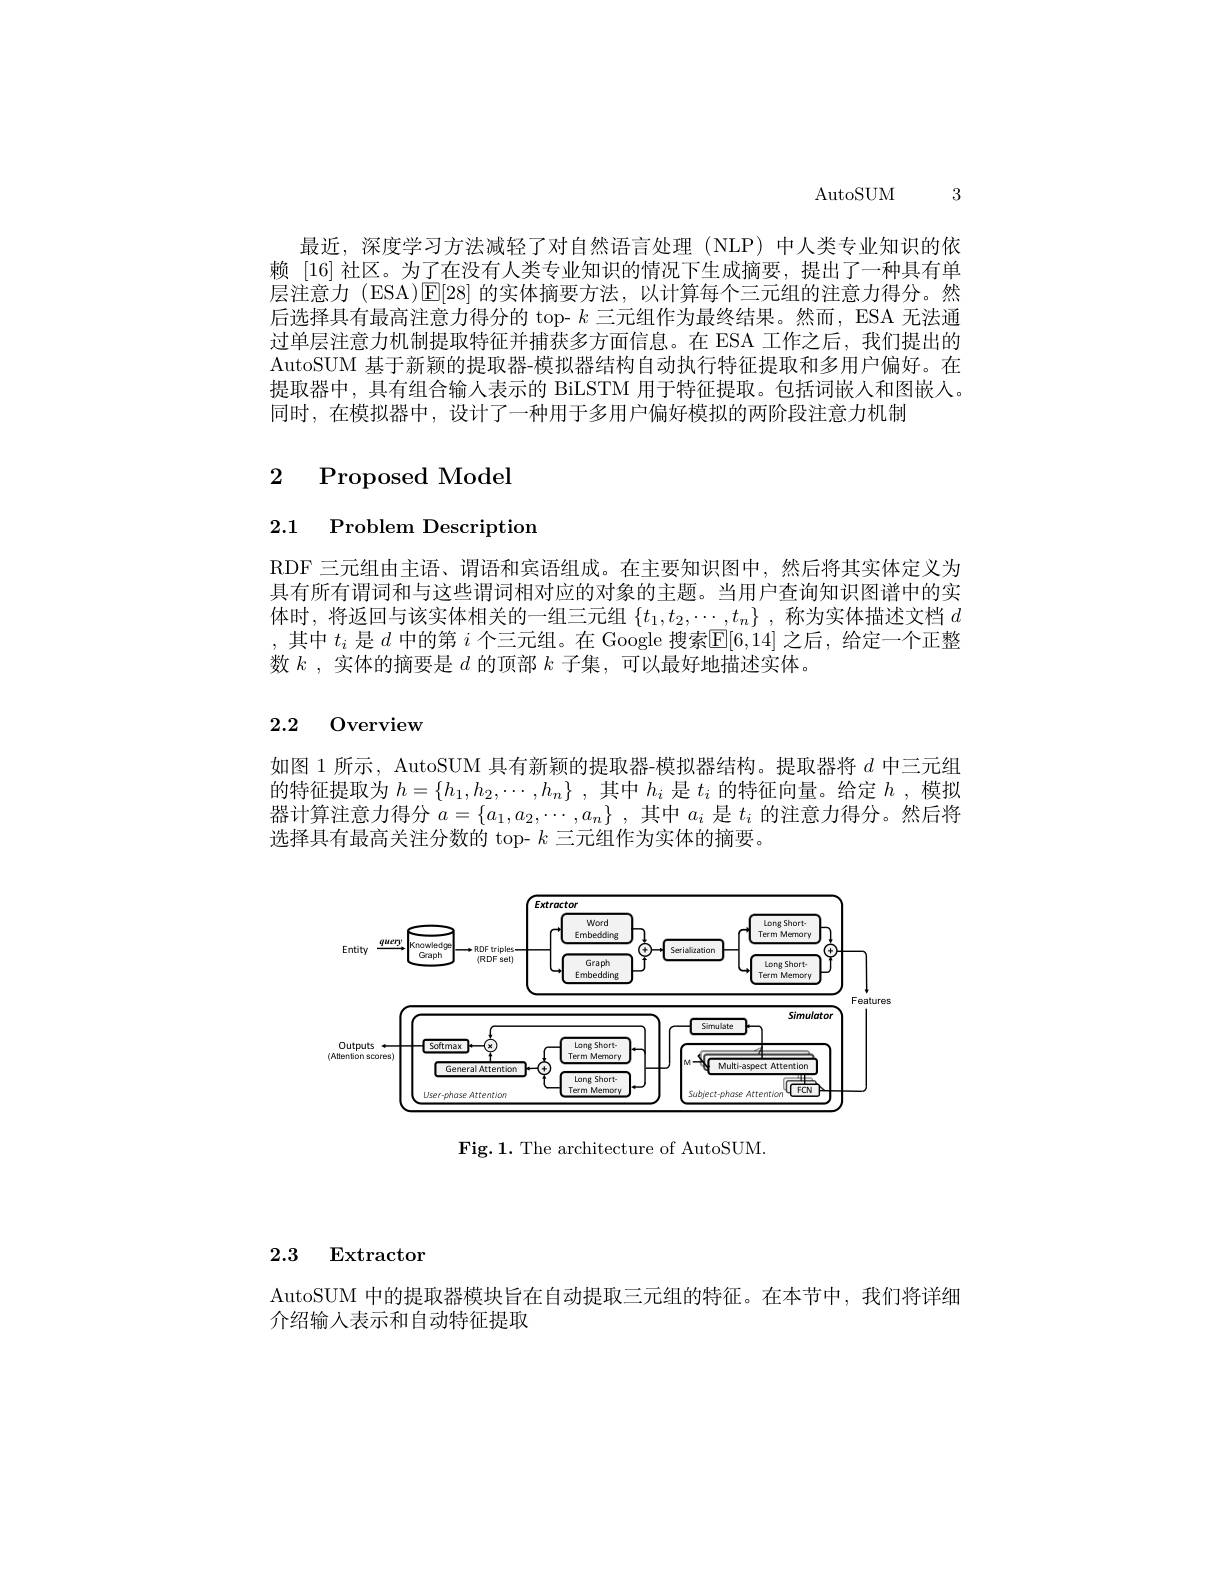
AutoSUM 3

最近，深度学习方法减轻了对自然语言处理(NLP)中人类专业知识的依赖 [16] 社区。为了在没有人类专业知识的情况下生成摘要，提出了一种具有单层注意力 (ESA)[E[28] 的实体摘要方法，以计算每个三元组的注意力得分。然后选择具有最高注意力得分的 top- $k$三元组作为最终结果。然而，ESA 无法通过单层注意力机制提取特征并捕获多方面信息。在 ESA 工作之后，我们提出的AutoSUM 基于新颖的提取器-模拟器结构自动执行特征提取和多用户偏好。在提取器中，具有组合输人表示的 BiLSTM 用于特征提取。包括词嵌人和图嵌人。同时，在模拟器中，设计了一种用于多用户偏好模拟的两阶段注意力机制

# 2 Proposed Model

2.1 Problem Description

RDF 三元组由主语、谓语和宾语组成。在主要知识图中，然后将其实体定义为具有所有谓词和与这些谓词相对应的对象的主题。当用户查询知识图谱中的实体时，将返回与该实体相关的一组三元组$\{t_1,t_2,\cdots,t_n\}$ ,称为实体描述文档$d$ ,其中$t_i$是$d$中的第$i$个三元组。在 Google 搜索$\overline{\mathbb{E}}[6,14]$之后，给定一个正整数$k$,实体的摘要是$d$的顶部$k$子集，可以最好地描述实体。

# 2.2 Overview

如图 1 所示，AutoSUM 具有新颖的提取器-模拟器结构。提取器将$d$中三元组的特征提取为$h= \{ h_1, h_2, \cdots , h_n\}$ ,其中$h_i$是$t_i$的特征向量。给定$h$,模拟器计算注意力得分$a=\{a_1,a_2,\cdots,a_n\}$ ,其中$a_i$是$t_i$的注意力得分。然后将选择具有最高关注分数的 top- $k$三元组作为实体的摘要。

<FigureHere>

Fig. 1. The architecture of AutoSUM.

2.3 $\textbf{Extractor}$

AutoSUM 中的提取器模块旨在自动提取三元组的特征。在本节中，我们将详细
介绍输入表示和自动特征提取